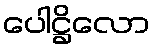
ပေါဋ္ဌိလော